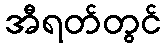
အီရတ်တွင်